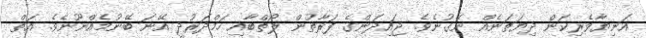
އަނިޔާވެރިކަން ދިޔަތަނެއް ނޭގުނެވެ. ޖައިދަންގެ ފަރާތުން ލޯތްބާއި ހަމްދަރުދީ އޭނަ ބޭނުމެއްނޫނެވެ. އަތް